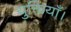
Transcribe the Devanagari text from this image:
युक्तियाँ।